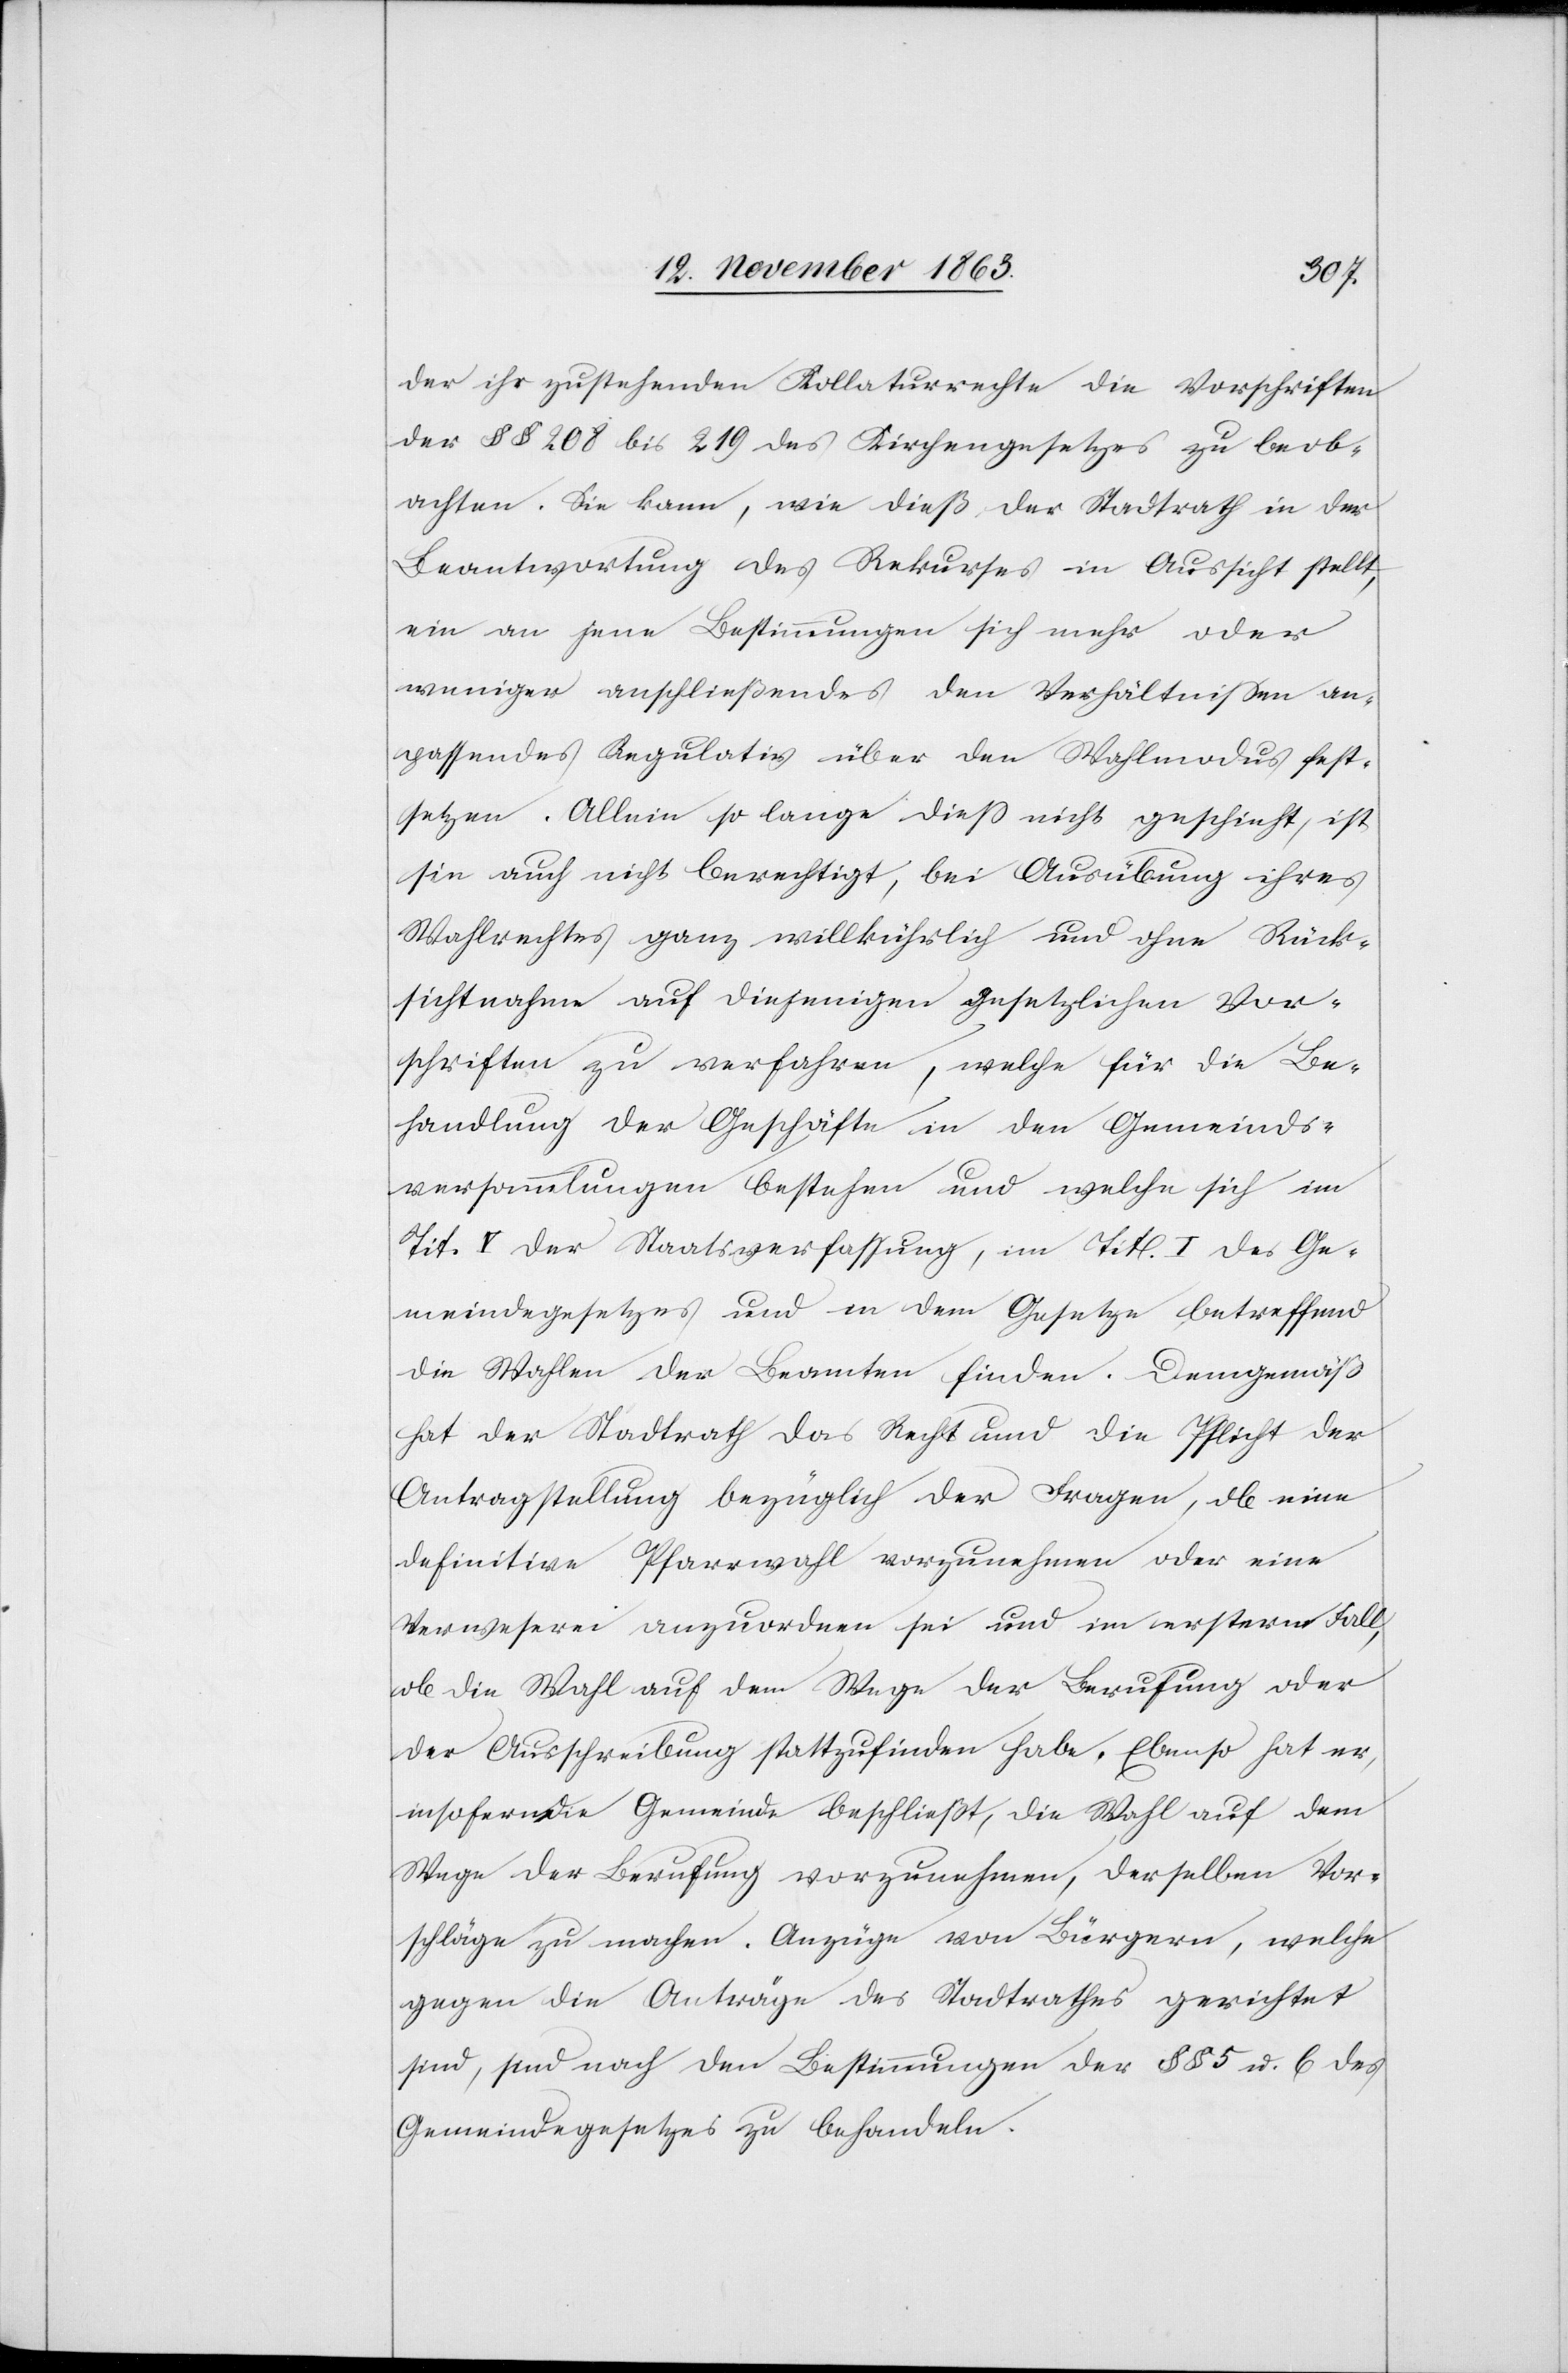
der ihr zustehenden Kollaturrechte die Vorschriften
der §§ 208 bis 219 des Kirchengesetzes zu beob¬
achten. Sie kann, wie dieß der Stadtrath in der
Beantwortung des Rekurses in Aussicht stellt,
ein an jene Bestimmungen sich mehr oder
weniger anschließendes den Verhältnissen an¬
passendes Regulativ über den Wahlmodus fest¬
setzen. Allein so lange diess nicht geschieht, ist
sie auch nicht berechtigt, bei Ausübung ihres
Wahlrechtes ganz willkührlich und ohne Rück¬
sichtnahme auf diejenigen gesetzlichen Vor¬
schriften zu verfahren, welche für die Be¬
handlung der Geschäfte in den Gemeinds¬
versammlungen bestehen und welche sich im
Tit. V der Staatsverfassung, im Tit. I des Ge¬
meindegesetzes und in dem Gesetze betreffend
die Wahlen der Beamten finden. Demgemäß
hat der Stadtrath das Recht und die Pflicht der
Antragstellung bezüglich der Fragen, ob eine
definitive Pfarrwahl vorzunehmen oder eine
Verweserei anzuordnen sei und im erstern Fall,
ob die Wahl auf dem Wege der Berufung oder
der Ausschreibung stattzufinden habe. Ebenso hat er,
insofern die Gemeinde beschließt, die Wahl auf dem
Wege der Berufung vorzunehmen, derselben Vor¬
schläge zu machen. Anzüge von Bürgern, welche
gegen die Anträge des Stadtrathes gerichtet
sind, sind nach den Bestimmungen der §§ 5 u. 6 des
Gemeindegesetzes zu behandeln.